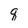
Character: q